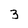
Character: 3